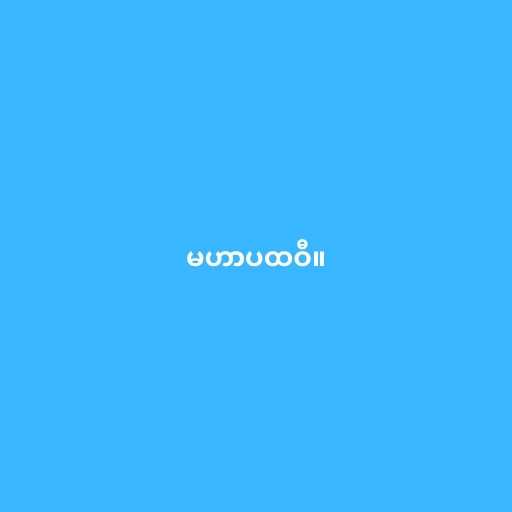
မဟာပထဝီ။